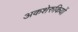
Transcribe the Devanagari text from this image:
अकशेरुकियों